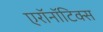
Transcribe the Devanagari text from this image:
एरॉनॉटिक्स